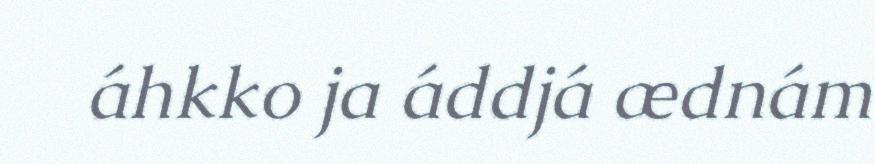
áhkko ja áddjá ædnám